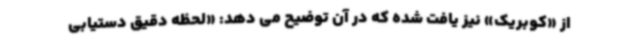
از «کوبریک» نیز یافت شده که در آن توضیح می دهد: «لحظه دقیق دستیابی